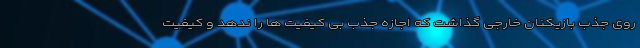
روی جذب بازیکنان خارجی گذاشت که اجازه جذب بی کیفیت ها را ندهد و کیفیت